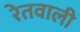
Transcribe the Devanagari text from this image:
रेतवाली